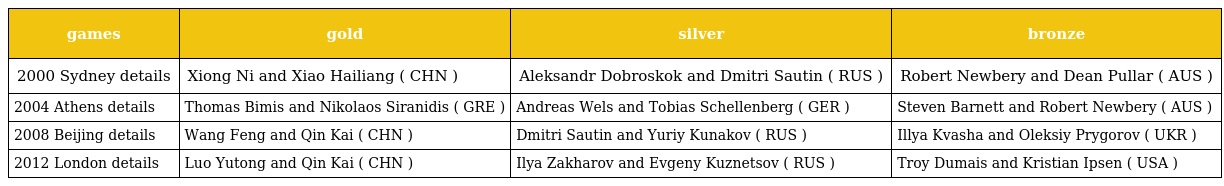
| games | gold | silver | bronze |
 | --- | --- | --- | --- |
 | 2000 Sydney details | Xiong Ni and Xiao Hailiang ( CHN ) | Aleksandr Dobroskok and Dmitri Sautin ( RUS ) | Robert Newbery and Dean Pullar ( AUS ) |
 | 2004 Athens details | Thomas Bimis and Nikolaos Siranidis ( GRE ) | Andreas Wels and Tobias Schellenberg ( GER ) | Steven Barnett and Robert Newbery ( AUS ) |
 | 2008 Beijing details | Wang Feng and Qin Kai ( CHN ) | Dmitri Sautin and Yuriy Kunakov ( RUS ) | Illya Kvasha and Oleksiy Prygorov ( UKR ) |
 | 2012 London details | Luo Yutong and Qin Kai ( CHN ) | Ilya Zakharov and Evgeny Kuznetsov ( RUS ) | Troy Dumais and Kristian Ipsen ( USA ) |